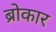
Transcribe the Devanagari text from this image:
ब्रोकार